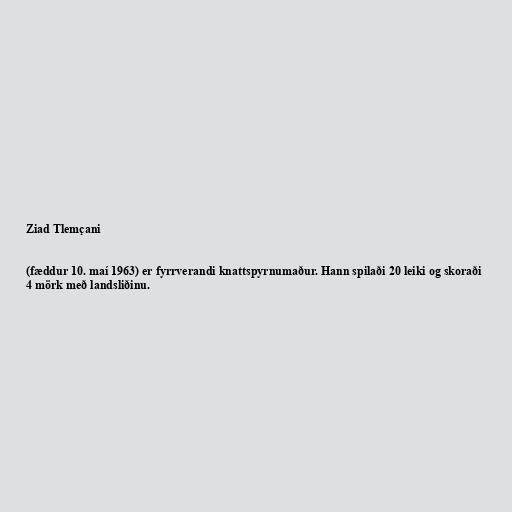
Ziad Tlemçani

(fæddur 10. maí 1963) er fyrrverandi knattspyrnumaður. Hann spilaði 20 leiki og skoraði
4 mörk með landsliðinu.